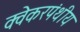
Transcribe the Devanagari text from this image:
क्वेकरपंथीय